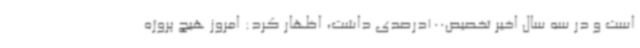
است و در سه سال اخیر تخصیص100درصدی داشت، اظهار کرد: امروز هیچ پروژه